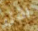
اقل